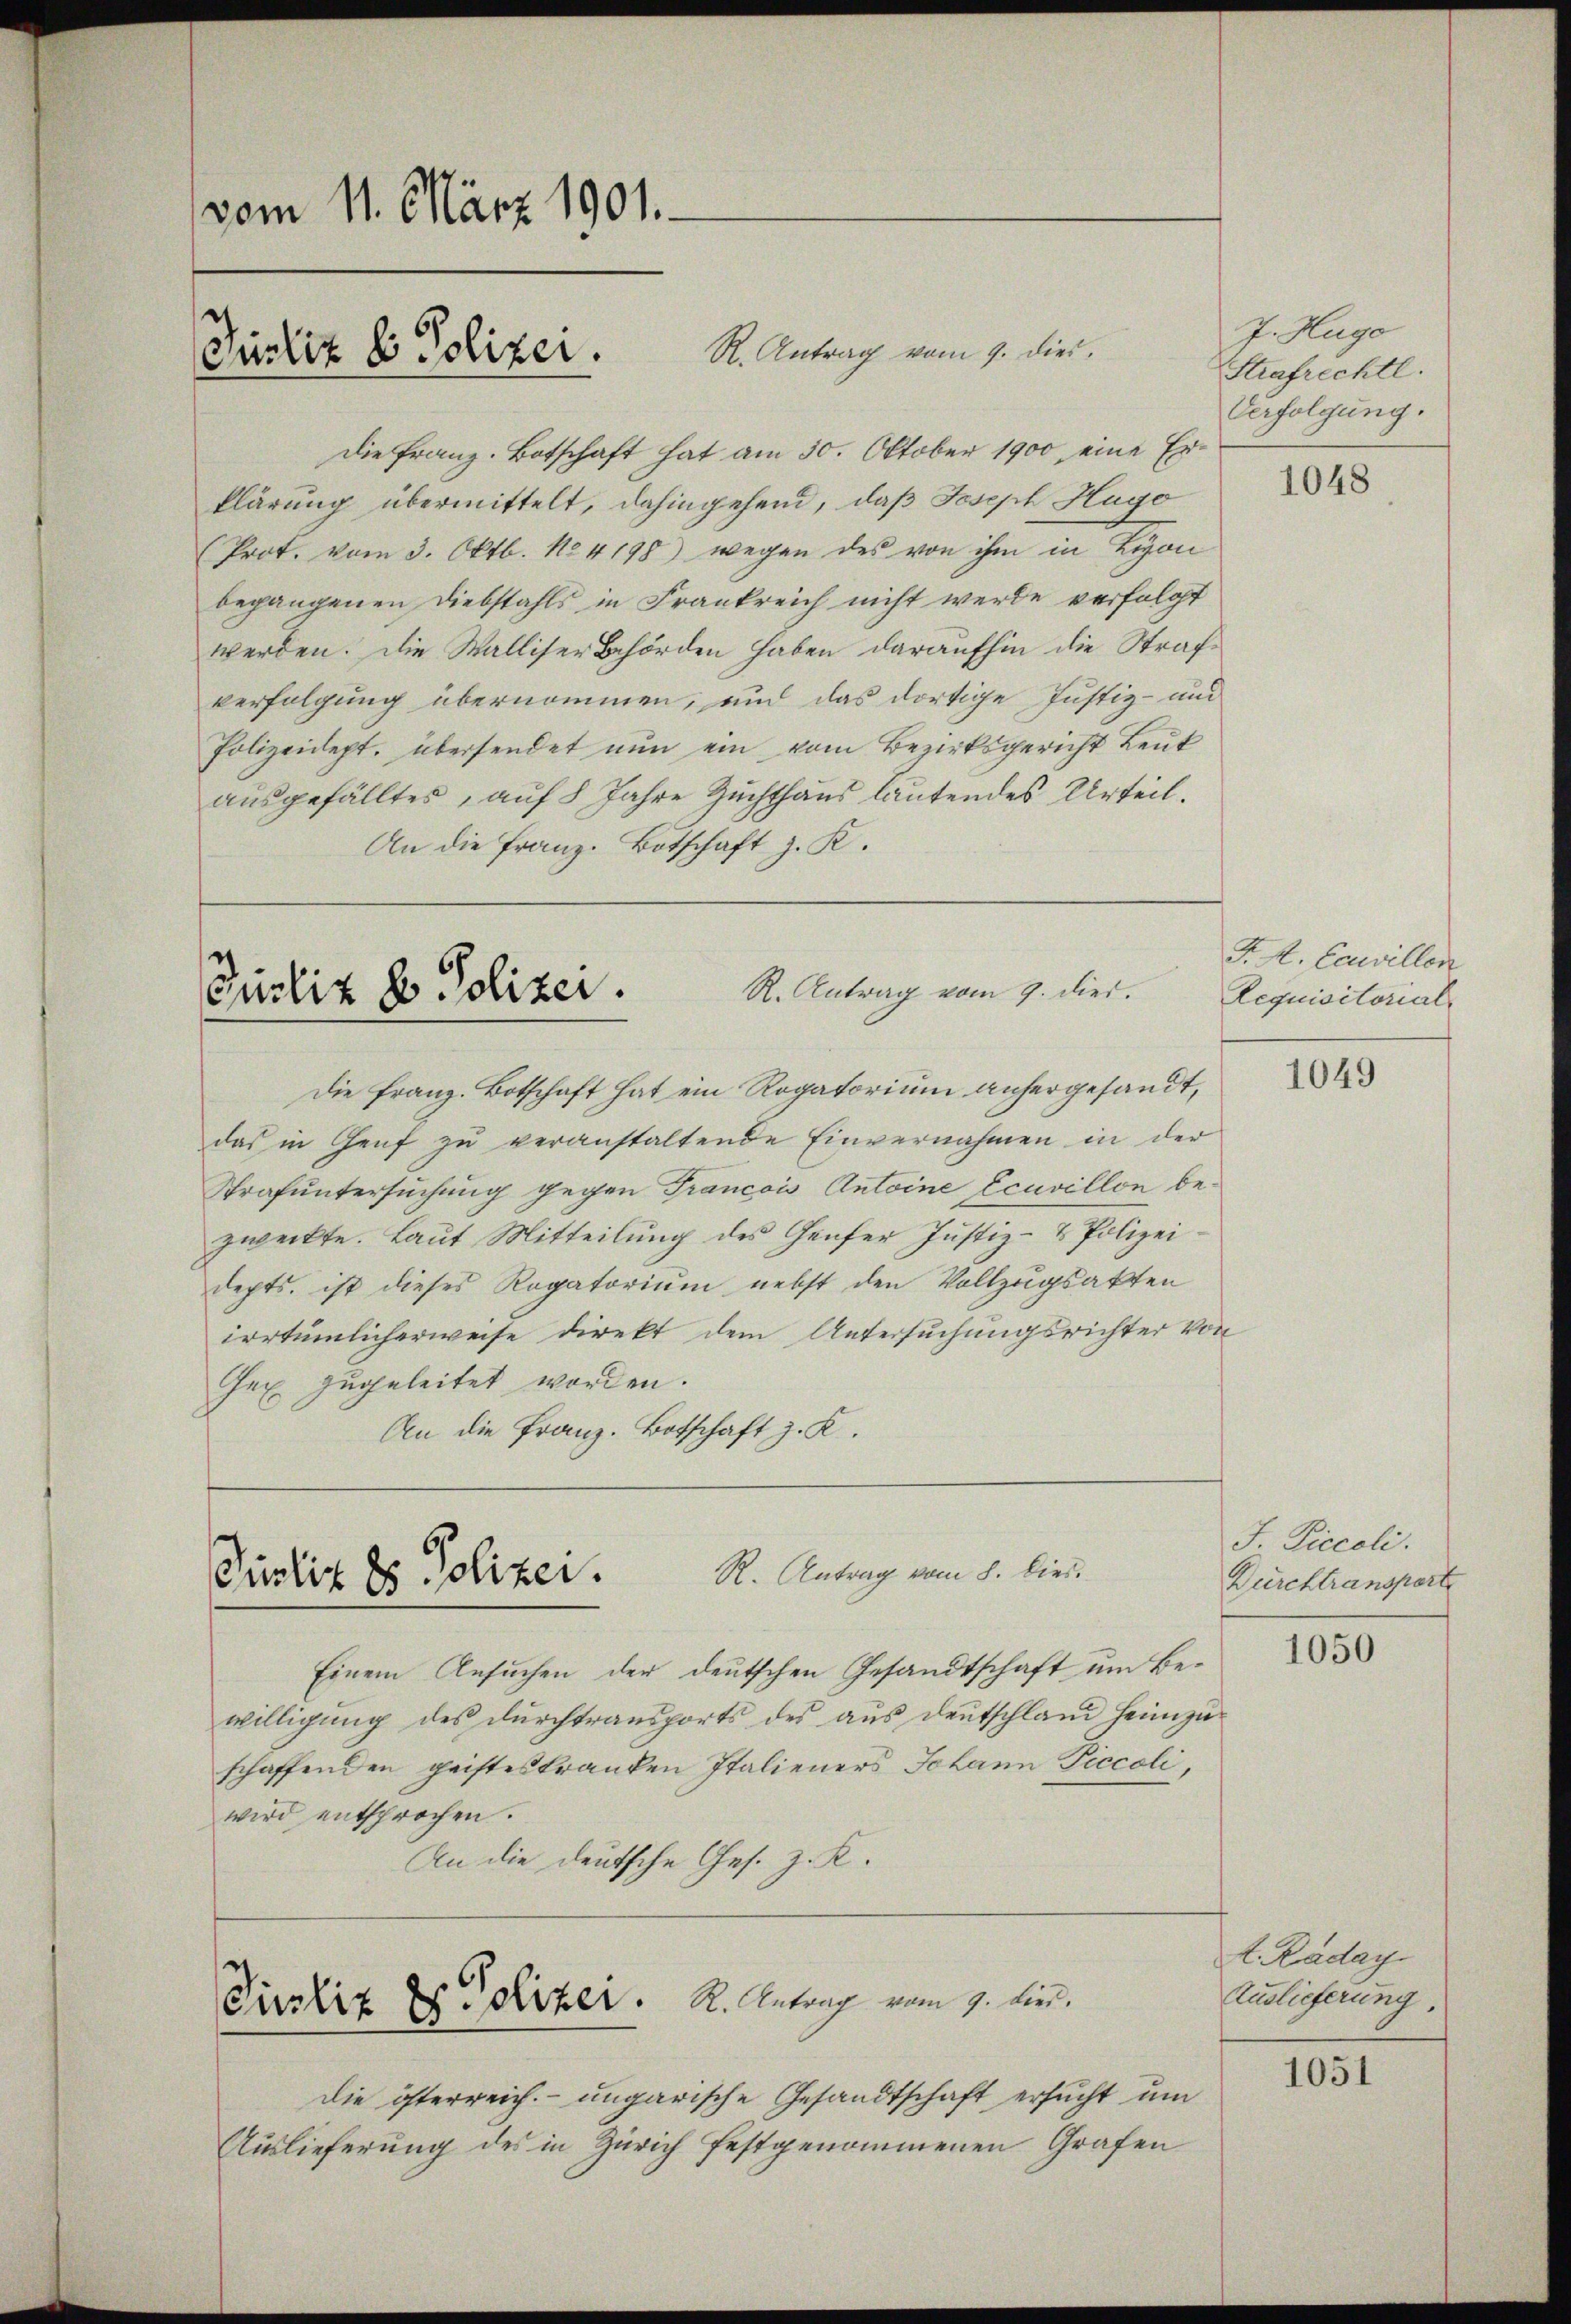
vom 11. März 1901.
Justiz & Polizei.

R. Antrag vom 9. dies
Die Franz. Botschaft hat am 30. Oktober 1900, eine Erklärung übermittelt, dahingehend, daß Joseph Hugo
(Prot. vom 3. Oktb. No. 4198) wegen des von ihm in Lyon
begangenen Diebstahls in Frankreich nicht werde verfolgt
werden. Die Walliser Behörden haben daraufhin die Strafverfolgung übernommen, und das dortige Justiz- und
Polizeidept. übersendet nun ein vom Bezirksgericht Leut
ausgefälltes, auf 8 Jahre Zuchthaus lautendes Urteil.
An die Franz. Botschaft z. K.

R. Antrag vom 9. dies.
Justiz & Polizei.

Die Franz. Botschaft hat ein Rogatorium anhergesandt,
das in Genf zu veranstaltende Einvernahmen in der
Strafuntersuchung gegen Francois Antoine Ecuvillon bezweckte. Laŭt Mitteilŭng des Genfer Justiz- & Polizeidepts. ist dieses Rogatorium nebst den Vollzugsakten
irrtümlicherweise direkt dem Untersuchungsrichter von
Gex zugeleitet worden.
An die Franz. Botschaft z. K.

Püslis es Polizer. R. Antrag vom 8. lieu

Pustiz & Polizer. R. Antrag vom 7. Si

die österreich. ungarische Gesandtschaft ersucht um
Auslieferung des in Zürich festgenommenen Grafen

Einem Ansuchen der deutschen Gesandtschaft um Bewilligŭng des dŭrchtransports des aŭs deutschland heimzu-
schaffenden geisteskranken Italieners Johann Piccoli
wird entsprochen.
An die deutsche Ges. z. K.

J. Hugo
Strafrechtl.
Verfolgung.

1048

P. M. Ecuvillen
Requisitorial,

1049

J. Piccoli.
Bürchtransport

1050

t. Raday
Zuslieferung.

1051